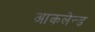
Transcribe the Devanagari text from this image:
आकलेन्ड